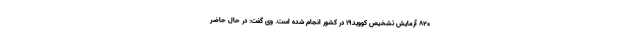
۸۲۰ آزمایش تشخیص کووید۱۹ در کشور انجام شده است. وی گفت: در حال حاضر